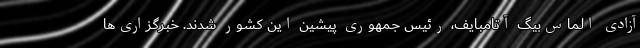
آزادی الماس‌بیگ آتامبایف، رئیس جمهوری پیشین این کشور شدند. خبرگزاری‌ها